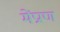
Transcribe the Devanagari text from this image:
मेंप्राण